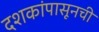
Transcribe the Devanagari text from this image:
दशकांपासूनची